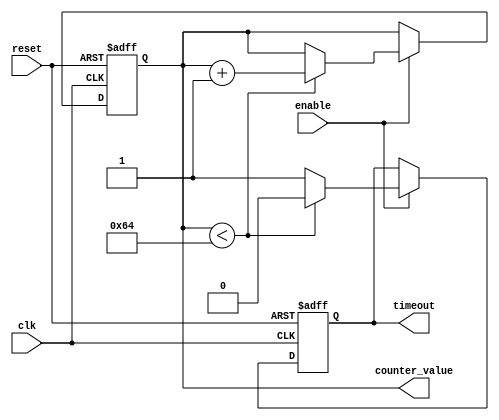
module MemoryBlocksTimeoutCounter #(
    parameter N = 8,                // Bit width of the counter
    parameter TIMEOUT_THRESHOLD = 100 // Timeout threshold value
)(
    input wire clk,                 // Clock signal
    input wire reset,               // Asynchronous reset signal
    input wire enable,              // Enable signal for counting
    output reg timeout,             // Timeout signal
    output reg [N-1:0] counter_value // Current counter value
);

    // Always block for counter logic
    always @(posedge clk or posedge reset) begin
        if (reset) begin
            counter_value <= 0;      // Reset counter to zero
            timeout <= 0;            // Deassert timeout
        end else if (enable) begin
            if (counter_value < TIMEOUT_THRESHOLD) begin
                counter_value <= counter_value + 1; // Increment counter
                timeout <= 0;            // Keep timeout low
            end else begin
                timeout <= 1;            // Assert timeout when threshold is reached
            end
        end
    end

endmodule